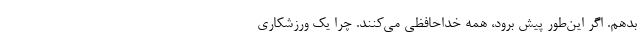
بدهم. اگر این‌طور پیش برود، همه خداحافظی می‌کنند. چرا یک ورزشکاری